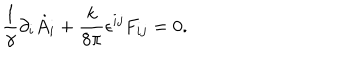
\frac { 1 } { \gamma } \partial _ { i } \dot { A } _ { i } + \frac { k } { 8 \pi } \epsilon ^ { i j } F _ { i j } = 0 .